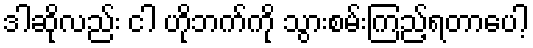
ဒါဆိုလည်း ငါ ဟိုဘက်ကို သွားစမ်းကြည့်ရတာပေါ့